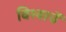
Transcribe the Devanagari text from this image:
विश्वाचें